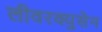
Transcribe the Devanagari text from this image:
लीवरक्युसेन